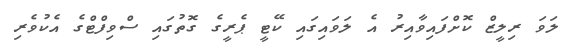
ލަވަ ރިލީޒް ކޮށްފައިވާއިރު އެ ލަވައިގައި ކޭޓީ ޕެރީގެ ގޮތުގައި ސްވިފްޓްގެ އެކުވެރި